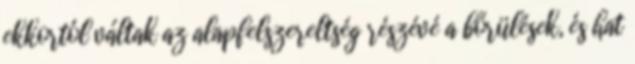
ekkortól váltak az alapfelszereltség részévé a bőrülések, és hat